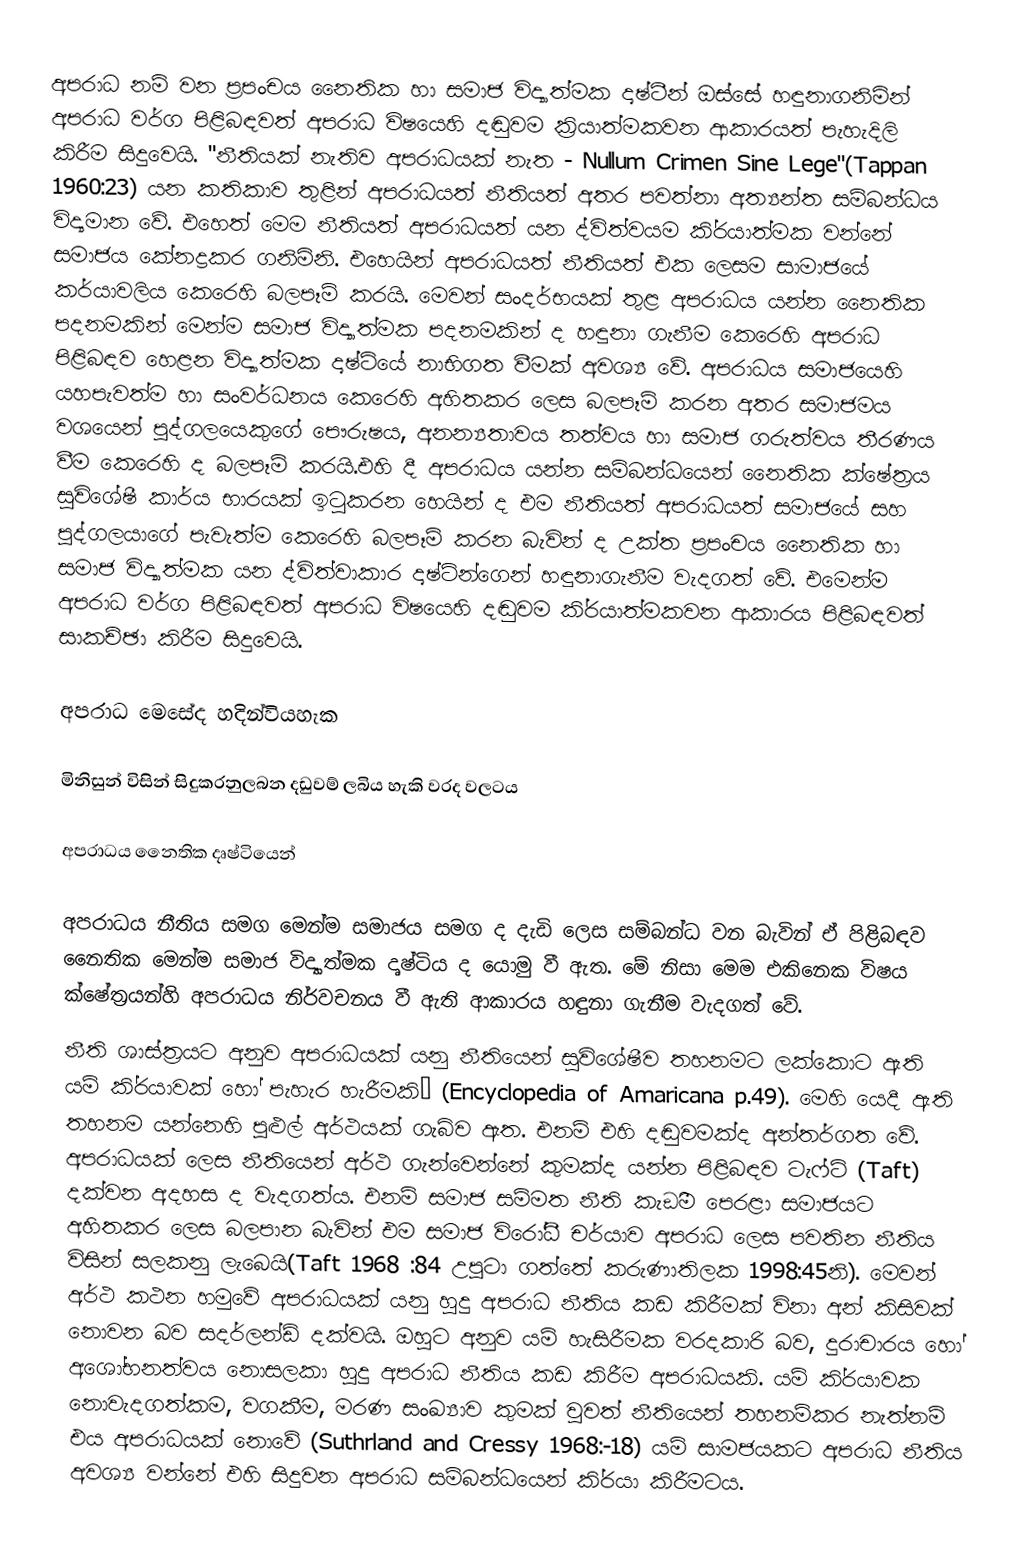
අපරාධ නම් වන ප්‍රපංචය නෛතික හා සමාජ විද්‍යාත්මක දෘෂ්ටීන් ඔස්සේ හඳුනාගනිමින් අපරාධ වර්ග පිළිබඳවත් අපරාධ විෂයෙහි දඬුවම ක්‍රියාත්මකවන ආකාරයත් පැහැදිලි කිරීම සිදුවෙයි. "නීතියක් නැතිව අපරාධයක් නැත - Nullum Crimen Sine Lege"(Tappan 1960:23) යන කතිකාව තුළින් අපරාධයත් නීතියත් අතර පවත්නා අත්‍යන්ත සම්බන්ධය විද්‍යමාන වේ. එහෙත් මෙම නීතියත් අපරාධයත් යන ද්විත්වයම කි‍්‍රයාත්මක වන්නේ සමාජය කේනද්‍රකර ගනිමිනි. එහෙයින් අපරාධයත් නීතියත් එක ලෙසම සාමාජයේ කර්යාවලිය කෙරෙහි බලපෑම් කරයි. මෙවන් සංදර්භයක් තුළ අපරාධය යන්න නෛතික පදනමකින් මෙන්ම සමාජ විද්‍යාත්මක පදනමකින් ද හඳුනා ගැනීම කෙරෙහි අපරාධ පිළිබඳව හෙළන විද්‍යාත්මක දෘෂ්ටියේ නාභිගත වීමක් අවශ්‍ය වේ.  අපරාධය සමාජයෙහි යහපැවත්ම හා සංවර්ධනය කෙරෙහි අහිතකර ලෙස බලපෑම් කරන අතර සමාජමය වශයෙන් පුද්ගලයෙකුගේ පෞරුෂය, අනන්‍යතාවය  තත්වය හා සමාජ ගරුත්වය තීරණය වීම කෙරෙහි ද බලපෑම් කරයි.එහි දී අපරාධය යන්න සම්බන්ධයෙන් නෛතික ක්ෂේත‍්‍රය සුවිශේෂී කාර්ය භාරයක් ඉටුකරන හෙයින් ද එම නීතියත් අපරාධයත් සමාජයේ සහ පුද්ගලයාගේ පැවැත්ම කෙරෙහි බලපෑම් කරන බැවින් ද උක්ත ප‍්‍රපංචය නෛතික හා සමාජ විද්‍යාත්මක යන ද්විත්වාකාර දෘෂ්ටින්ගෙන් හඳුනාගැනීම වැදගත් වේ. එමෙන්ම අපරාධ වර්ග පිළිබඳවත් අපරාධ විෂයෙහි දඬුවම කි‍්‍රයාත්මකවන ආකාරය පිළිබඳවත් සාකච්ඡා කිරීම සිදුවෙයි.

අපරාධ මෙසේද හදින්වියහැක

මිනිසුන් විසින් සිදුකරනුලබන දඩුවම් ලබිය හැකි වරද වලටය

අපරාධය නෛතික  දෘෂ්ටියෙන්

	අපරාධය නීතිය සමග මෙන්ම සමාජය සමග ද දැඩි ලෙස සම්බන්ධ වන බැවින් ඒ පිළිබඳව නෛතික මෙන්ම සමාජ විද්‍යාත්මක දෘෂ්ටිය ද යොමු වී ඇත. මේ නිසා මෙම එකිනෙක විෂය ක්ෂේත‍්‍රයන්හි අපරාධය නිර්වචනය වී ඇති ආකාරය හඳුනා ගැනීම   වැදගත් වේ.
නීති ශාස්ත‍්‍රයට අනුව  අපරාධයක් යනු නීතියෙන් සුවිශේෂීව තහනමට ලක්කොට ඇති යම් කි‍්‍රයාවක් හෝ පැහැර හැරීමකි” (Encyclopedia of Amaricana p.49). මෙහි යෙදී ඇති තහනම යන්නෙහි පුළුල් අර්ථයක් ගැබ්ව ඇත. එනම් එහි දඬුවමක්ද අන්තර්ගත වේ. අපරාධයක් ලෙස නීතියෙන් අර්ථ ගැන්වෙන්නේ කුමක්ද යන්න පිළිබඳව ටැෆ්ට් (Taft) දක්වන අදහස ද වැදගත්ය. එනම්  සමාජ සම්මත නීති කැඞීම පෙරළා සමාජයට අහිතකර ලෙස බලපාන බැවින් එම සමාජ විරෝධී චර්යාව අපරාධ ලෙස පවතින නීතිය විසින් සලකනු ලැබෙයි(Taft 1968 :84 උපුටා ගත්තේ කරුණාතිලක 1998:45නි).  මෙවන් අර්ථ කථන හමුවේ අපරාධයක් යනු හුදු අපරාධ නීතිය කඩ කිරීමක් විනා අන් කිසිවක් නොවන බව සදර්ලන්ඩ් දක්වයි. ඔහුට අනුව  යම් හැසිරීමක වරදකාරි බව, දුරාචාරය හෝ අශෝභනත්වය නොසලකා හුදු අපරාධ නීතිය කඩ කිරීම අපරාධයකි. යම් කි‍්‍රයාවක නොවැදගත්කම, වගකීම, මරණ සංඛ්‍යාව කුමක් වුවත් නීතියෙන් තහනම්කර නැත්නම් එය අපරාධයක් නොවේ (Suthrland and Cressy 1968:-18) යම් සාමජයකට අපරාධ නීතිය අවශ්‍ය වන්නේ එහි සිදුවන අපරාධ සම්බන්ධයෙන් කි‍්‍රයා කිරීමටය.